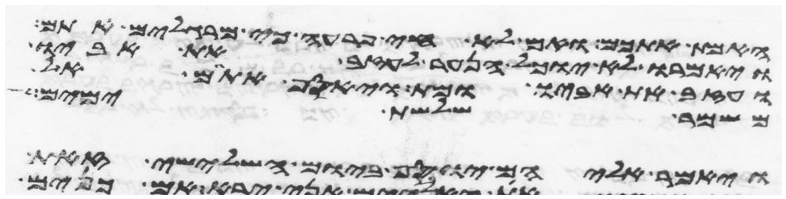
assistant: האמת אתכם ואם לא חי פרעה כי מרגלים אתם
ויאמרו לא יוכל הנער לעזב את אביו
ועזב את אביו ומת ויאסף אתם אל
משמר שלשת ימים
ויאמר אליהם יוסף ביום השלישי זאת